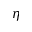
\eta